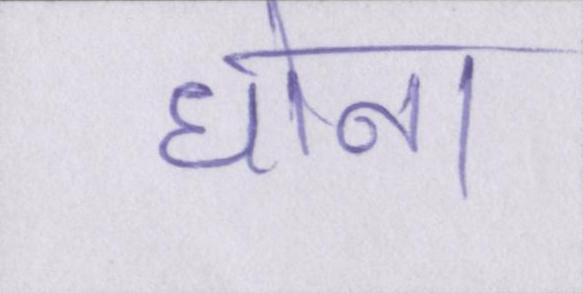
धोना